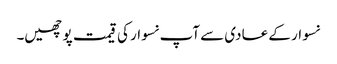
نسوار کے عادی سے آپ نسوار کی قیمت پوچھیں۔